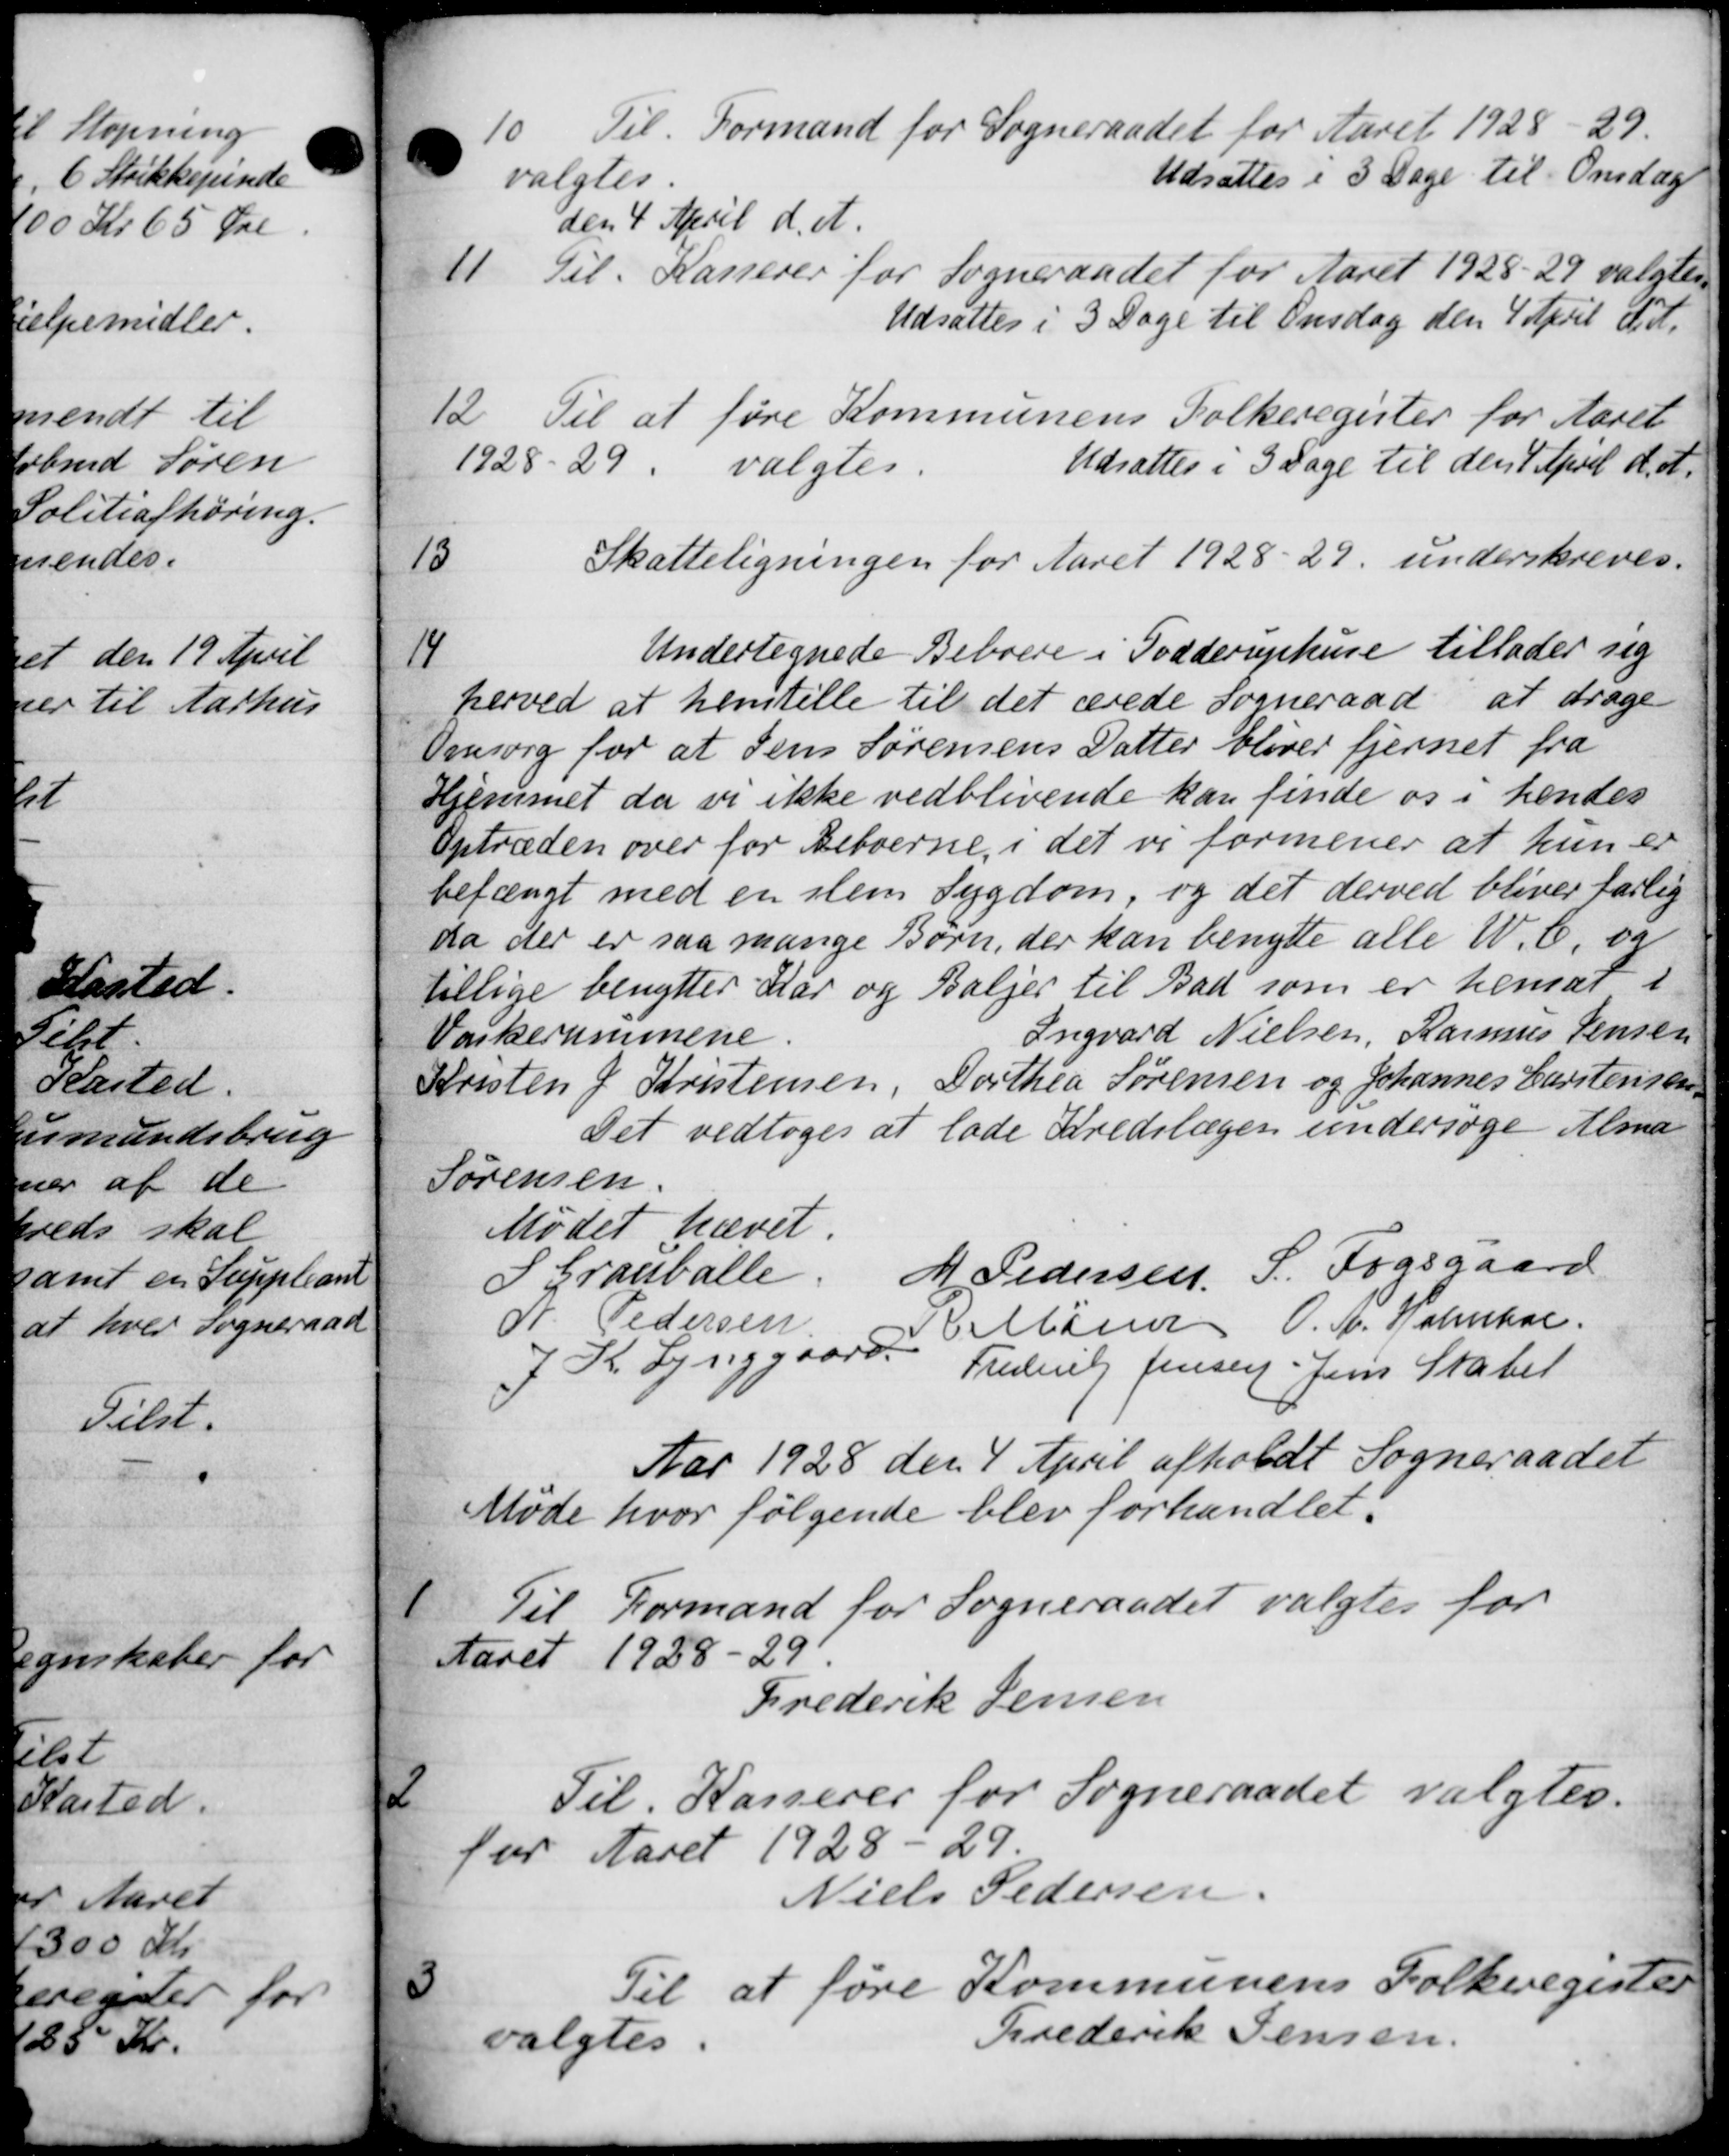
Transskription:
10. Til Formand for Sogneraadet for Aaret 1928-29.
 valgtes
Udsættes i 3 Dage til Onsdag
den 4 April d. A.
11 Til Kasserer for Sogneraadet for Aaret 1928-29 valgtes
Udsattes i 3 Dage til Onsdag den 4 April tidl.
12.
Til at føre Kommunens Folkeregister for Aaret
1928-29.
Udsattes i 3 Dage til den 1 April d. A.
valgtes.
13
Skatteligningen for Aaret 1928-29, underskreves.
14
Undertegnede Beboere i Todderuphuse tillader sig
herved at henstille til det ærede Sogneraad at drage
Omsorg for at Jens Sørensens Datter bliver fjernet fra
Hjemmet da vi ikke vedblivende kan finde os i hendes
optræden over for Beboerne i det vi formener at hun er
befængt med en slem Sygdom, og det derved bliver farlig
da der er saa mange Børn, der kan benytte alle W.C. og
tillige benytter Aar og Baljer til Bad som er hensat i
Værkerummene.
Ingvard Nielsen, Rasmus Jensen
Kristen J. Kristensen, Dorthea Sørensen og Johannes Carstensen,
Det vedtoges at lade Kredslægen undersøge Alma-
Sørensen
Mødet hævet.
I Grauballe
M. Pedersen, S. Fogsgaard
N. Pedersen
J K Lynggaard Marsen O. A. Holmhol
Frederik Jensen Jens Stater
Aar 1928 den 4 April afholdt Sogneraadet
Møde hvor følgende blev forhandlet.
1
Til Formand for Sogneraadet valgtes for
aret 1928-29.
Frederik Jensen
2
Til Kasserer for Sogneraadet valgtes.
for Aaret 1928 - 29
Niels Pedersen
3
Til at føre Kommunens Folkeregister
algtes
Frederik Jensen.